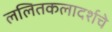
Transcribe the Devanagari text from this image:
ललितकलादर्शचे